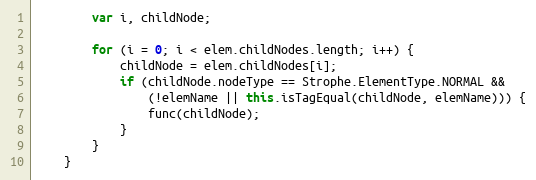
Language: JavaScript
        var i, childNode;

        for (i = 0; i < elem.childNodes.length; i++) {
            childNode = elem.childNodes[i];
            if (childNode.nodeType == Strophe.ElementType.NORMAL &&
                (!elemName || this.isTagEqual(childNode, elemName))) {
                func(childNode);
            }
        }
    }